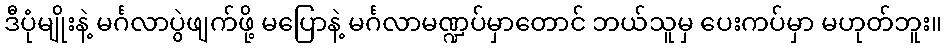
ဒီပုံမျိုးနဲ့ မင်္ဂလာပွဲဖျက်ဖို့ မပြောနဲ့ မင်္ဂလာမဏ္ဍပ်မှာတောင် ဘယ်သူမှ ပေးကပ်မှာ မဟုတ်ဘူး။